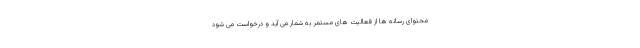
محتوای رسانه ها از فعالیت های مستمر به شمار می آید و درخواست می شود